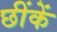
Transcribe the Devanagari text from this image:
छींकें